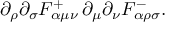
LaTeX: \partial _ { \rho } \partial _ { \sigma } F _ { \alpha \mu \nu } ^ { + } \, \partial _ { \mu } \partial _ { \nu } F _ { \alpha \rho \sigma } ^ { - } .